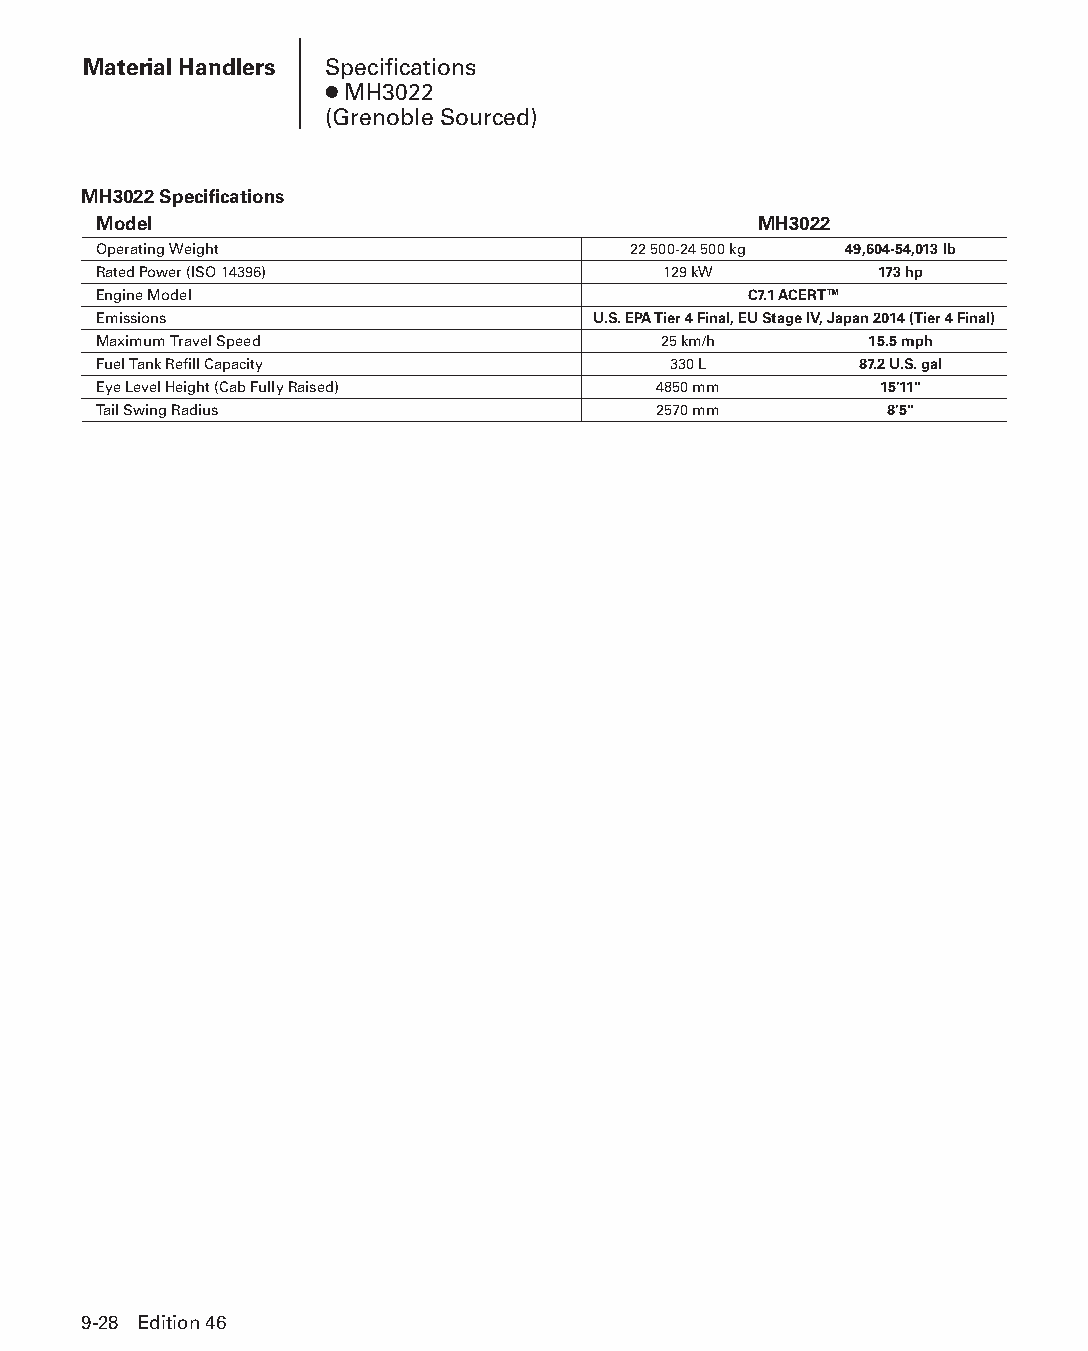
Material Handlers Specifications
 ● MH3022
 (Grenoble Sourced)
 MH3022 Specifications
 Model                                       MH3022
 Operating Weight                   22 500-24 500 kg 49,604-54,013 lb
 Rated Power (ISO 14396)              129 kW        173 hp
 Engine Model                               C7.1 ACERT™
 Emissions                        U.S. EPA Tier 4 Final, EU Stage IV, Japan 2014 (Tier 4 Final)
 Maximum Travel Speed                 25 km/h       15.5 mph
 Fuel Tank Refill Capacity             330 L       87.2 U.S. gal
 Eye Level Height (Cab Fully Raised)  4850 mm        15'11"
 Tail Swing Radius                    2570 mm        8'5"
 9-28 Edition 46
 PPHHBB--SSeecc0099--1166..iinndddd 2288                        1122//44//1155 1100::4411 AAMM